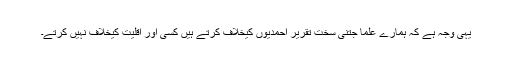
یہی وجہ ہے کہ ہمارے علما جتنی سخت تقریر احمدیوں کیخلاف کرتے ہیں کسی اور اقلیت کیخلاف نہیں کرتے۔